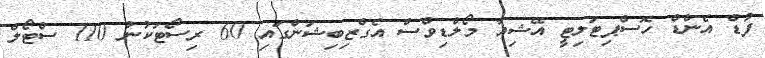
ފުޑް އެންޑް ހޮސްޕިޓަލިޓީ އޭޝިއާ މޯލްޑިވްސް އެގްޒިބިޝަންގައި 60 ރިސޯޓަކުން 110 ސްޓޯލް